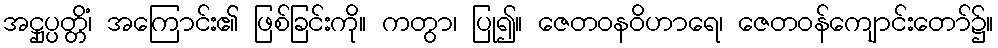
အဋ္ဌုပ္ပတ္တိံ၊ အကြောင်း၏ ဖြစ်ခြင်းကို။ ကတွာ၊ ပြု၍။ ဇေတဝနဝိဟာရေ၊ ဇေတဝန်ကျောင်းတော်၌။